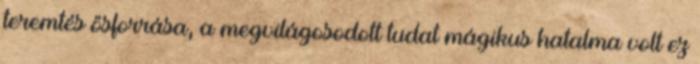
teremtés ősforrása, a megvilágosodott tudat mágikus hatalma volt ez